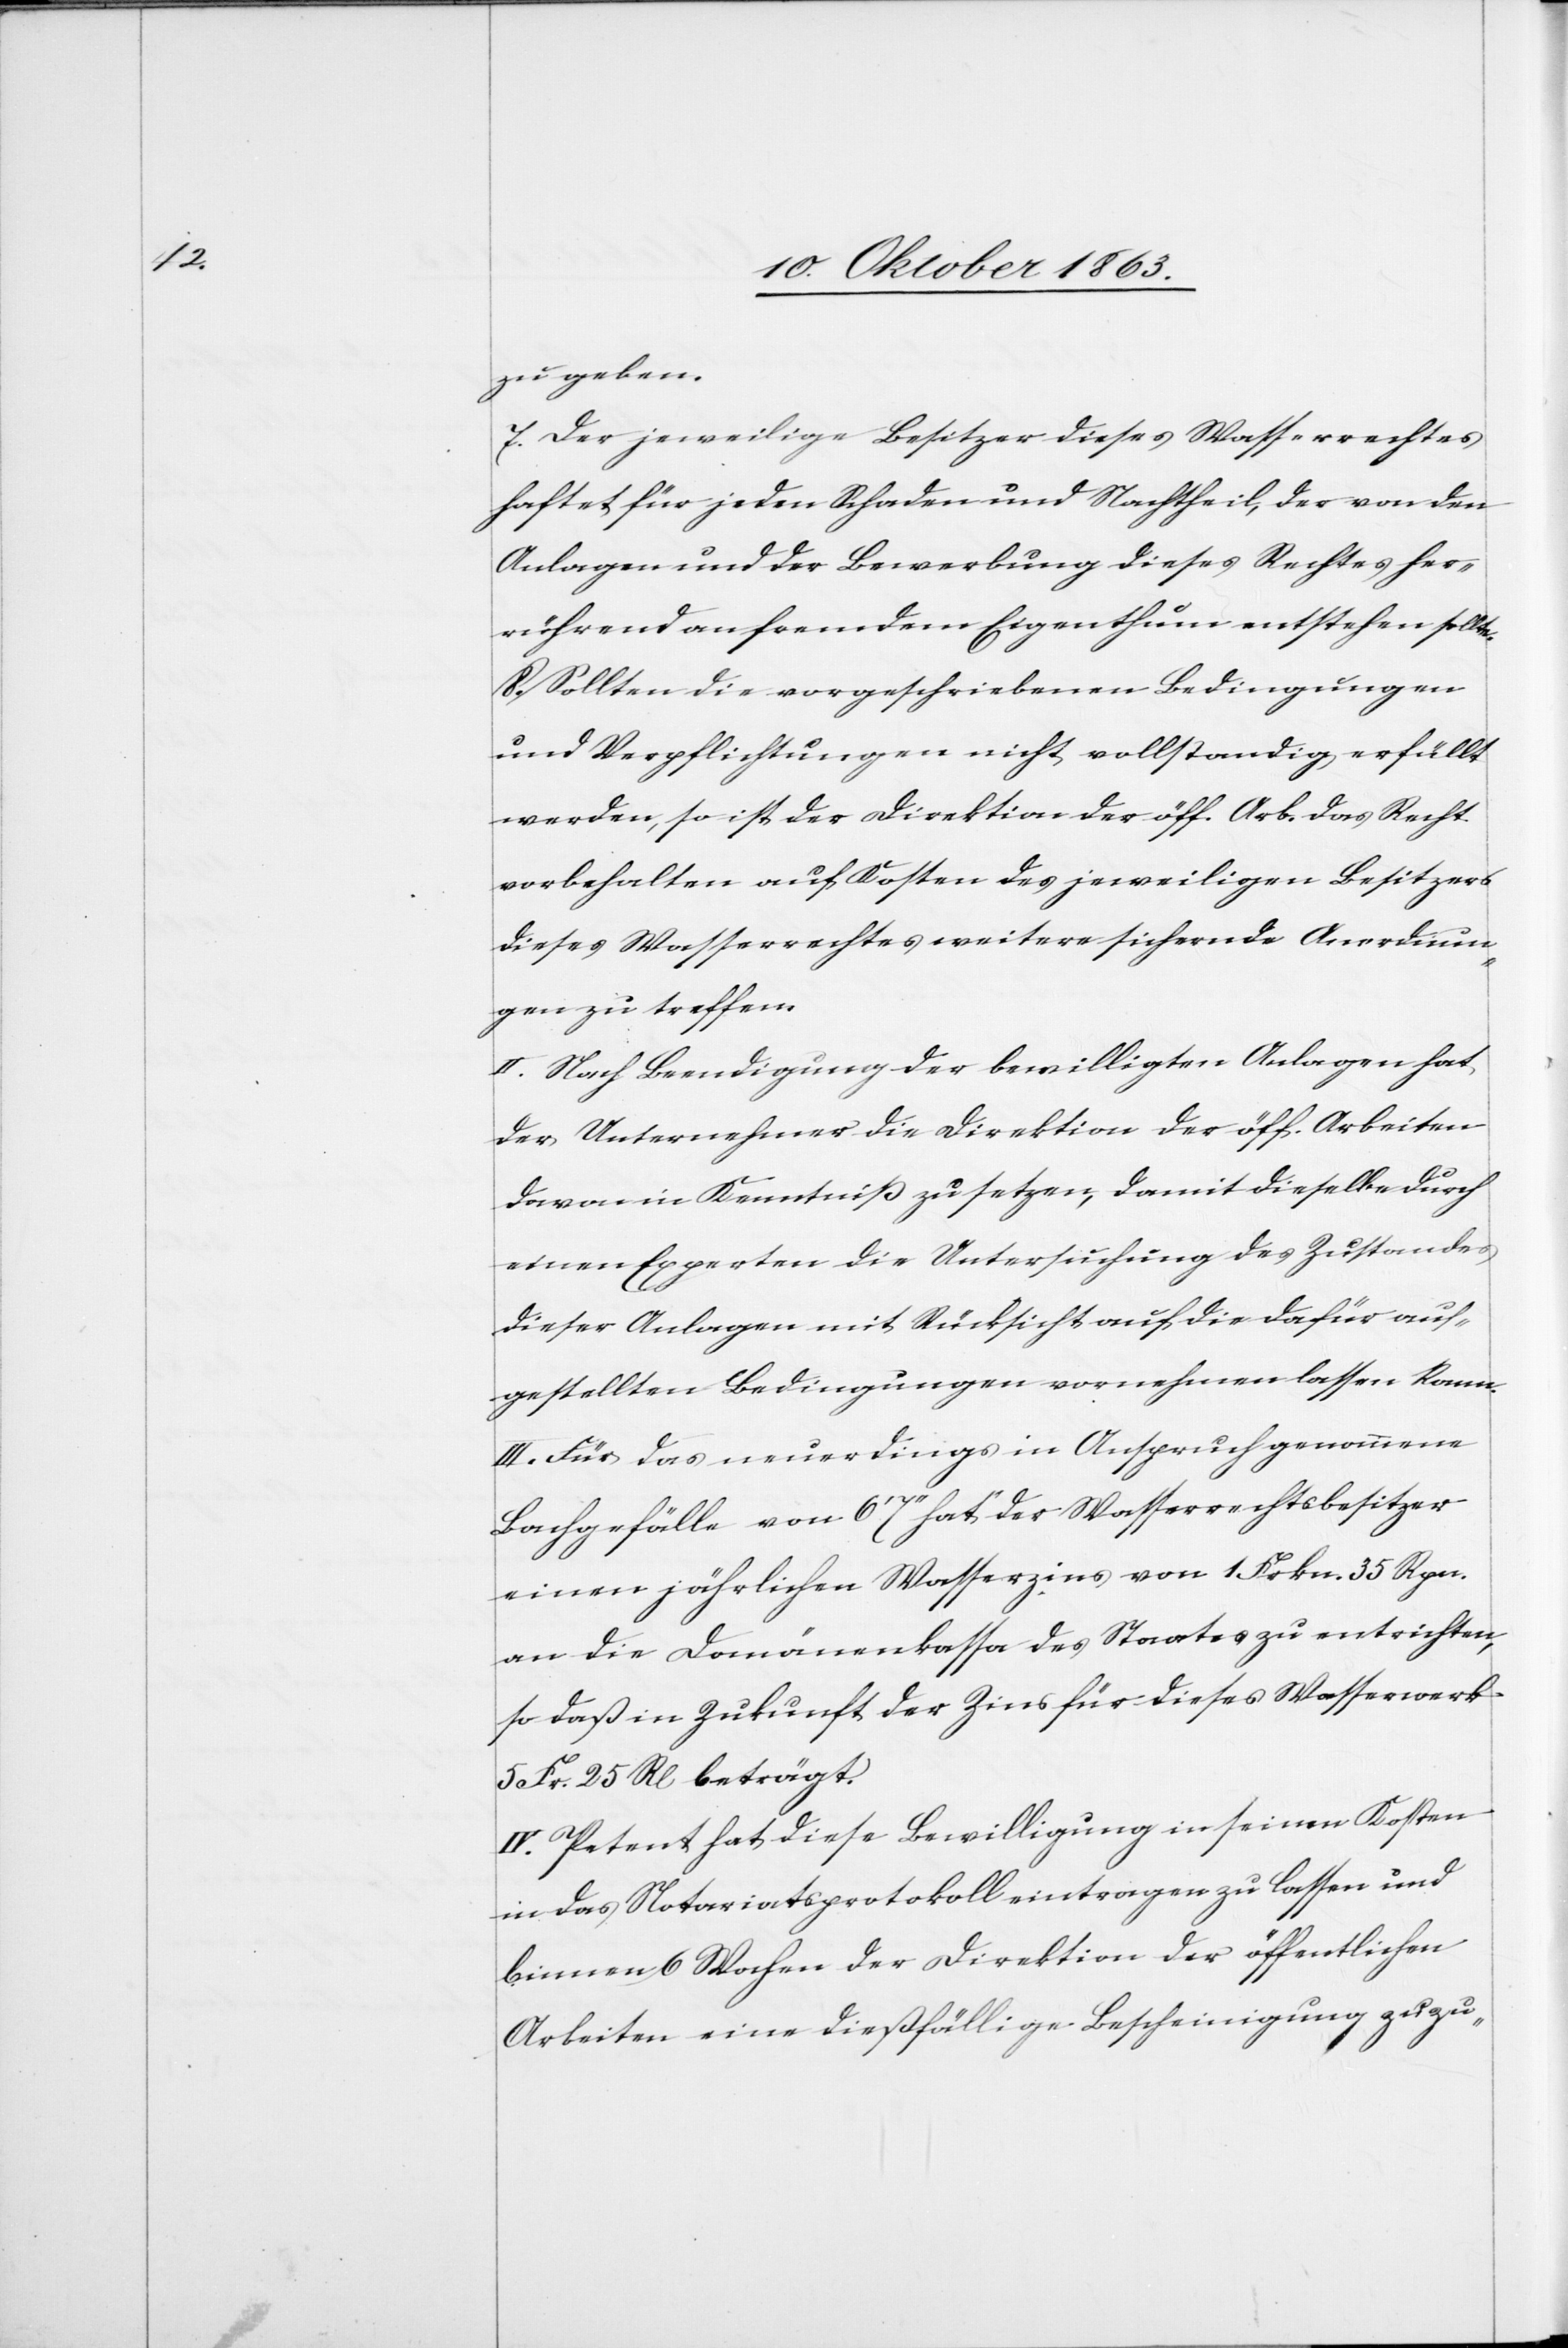
zu geben.
7. Der jeweilige Besitzer dieses Wasserrechtes
haftet für jeden Schaden und Nachtheil, der von den
Anlagen und der Bewerbung dieses Rechtes her¬
rührend an fremdem Eigenthum entstehen sollte.
8. Sollten die vorgeschriebenen Bedingungen
und Verpflichtungen nicht vollstandig [sic!]
werden, so ist der Direktion der öff. Arb. das Recht
vorbehalten auf Kosten des jeweiligen Besitzers
dieses Wasserrechtes weitere sichernde Anordnun¬
gen zu treffen.
II. Nach Beendigung der bewilligten Anlagen hat
der Unternehmer die Direktion der öff. Arbeiten
davon in Kenntniß zu setzen, damit dieselbe durch
einen Experten die Untersuchung des Zustandes
dieser Anlagen mit Rücksicht auf die dafür auf¬
gestellten Bedingungen vornehmen lassen kann.
III. Für das neuerdings in Anspruch genommene
Bachgefälle von 6' 7'' hat der Wasserrechtsbesitzer
einen jährlichen Wasserzins von 1 Frkn. 35 Rpn.
an die Domänenkassa des Staates zu entrichten,
so daß in Zukunft der Zins für dieses Wasserwerk
5 Fr. 25 R[pen] beträgt.
IV. Petent hat diese Bewilligung in seinen Kosten
in das Notariatsprotokoll eintragen zu lassen und
binnen 6 Wochen der Direktion der öffentlichen
Arbeiten eine dießfällige Bescheinigung zuzu-